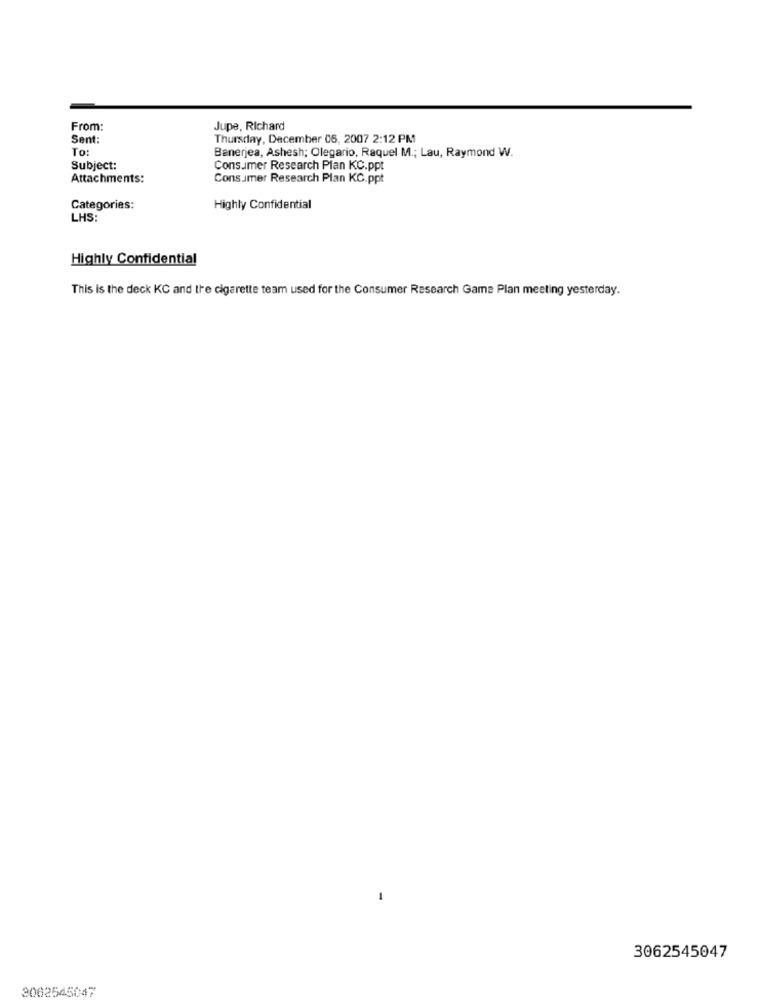
From:
Jupe, Richard
Sent:
Thursday, December 06, 2007 2:12 PM
To:
Banerjea, Ashesh; Olegario, Raquel M .; Lau, Raymond W.
Subject:
Consumer Research Plan KC.ppt
Attachments:
Consumer Research Plan KC.ppt
Categories:
Highly Confidential
LHS:
Highly Confidential
This is the deck KC and the cigarette team used for the Consumer Research Game Plan meeting yesterday.
3062545047
3062545047